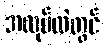
အလုပ်ထဲတွင်